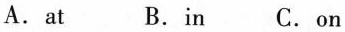
A. at B.in C.on